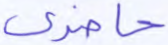
حاضري